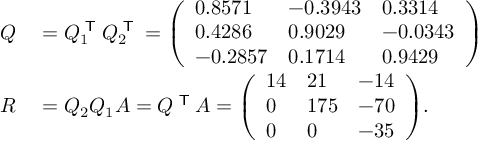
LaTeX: \begin{array} { r l } { Q } & { { } = Q _ { 1 } ^ { \textsf { T } } Q _ { 2 } ^ { \textsf { T } } = { \left( \begin{array} { l l l } { 0 . 8 5 7 1 } & { - 0 . 3 9 4 3 } & { 0 . 3 3 1 4 } \\ { 0 . 4 2 8 6 } & { 0 . 9 0 2 9 } & { - 0 . 0 3 4 3 } \\ { - 0 . 2 8 5 7 } & { 0 . 1 7 1 4 } & { 0 . 9 4 2 9 } \end{array} \right) } } \\ { R } & { { } = Q _ { 2 } Q _ { 1 } A = Q ^ { \textsf { T } } A = { \left( \begin{array} { l l l } { 1 4 } & { 2 1 } & { - 1 4 } \\ { 0 } & { 1 7 5 } & { - 7 0 } \\ { 0 } & { 0 } & { - 3 5 } \end{array} \right) } . } \end{array}